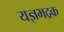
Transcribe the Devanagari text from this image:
यज्ञभद्रक